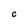
Character: C